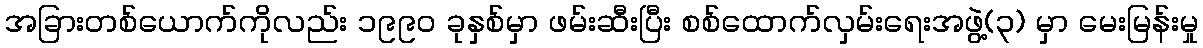
အခြားတစ်ယောက်ကိုလည်း ၁၉၉၀ ခုနှစ်မှာ ဖမ်းဆီးပြီး စစ်ထောက်လှမ်းရေးအဖွဲ့(၃) မှာ မေးမြန်းမှု